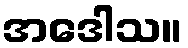
အဒေါသ။